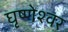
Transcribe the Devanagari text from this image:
घृष्‍णेश्‍वर